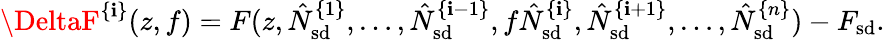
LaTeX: \DeltaF^{\{ \mathbf{i}\} }(z,f)=F(z,\hat{{N}}_{\mathrm{{sd}}}^{\{ 1\} },\ldots,\hat{{N}}_{\mathrm{{sd}}}^{\{ \mathbf{i}-1\} },f\hat{{N}}_{\mathrm{{sd}}}^{\{ \mathbf{i}\} },\hat{{N}}_{\mathrm{{sd}}}^{\{ \mathbf{i}+1\} },\ldots,\hat{{N}}_{\mathrm{{sd}}}^{\{ n\} })-F_{\mathrm{{sd}}}.